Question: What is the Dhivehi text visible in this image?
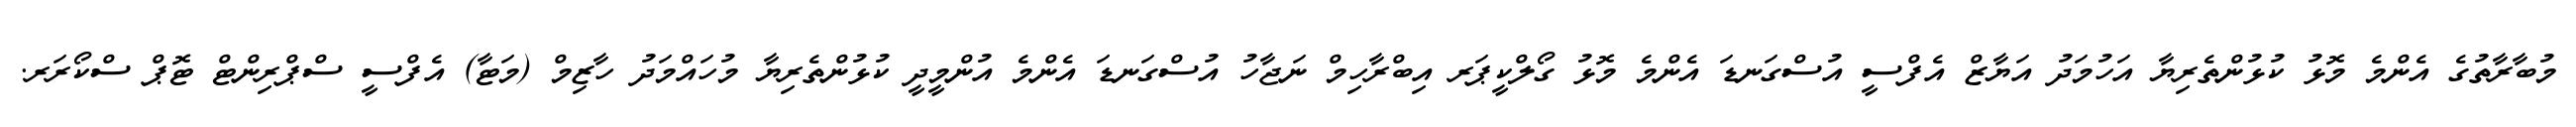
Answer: މުބާރާތުގެ އެންމެ މޮޅު ކުޅުންތެރިޔާ އަހުމަދު އަޔާޒް އެފްސީ އުސްގަނޑަ އެންމެ މޮޅު ގޯލްކީޕަރ އިބްރާހިމް ނަޖާހު އުސްގަނޑަ އެންމެ އުންމީދީ ކުޅުންތެރިޔާ މުހައްމަދު ހާޒިމް (މަޓާ) އެފްސީ ސްޕްރިންޓް ޓޮޕް ސްކޯރަރ.